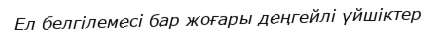
Ел белгілемесі бар жоғары деңгейлі үйшіктер